King Institute of Preventive Medicine Bacteriolog. Section reports 1907-08
Year: 1907
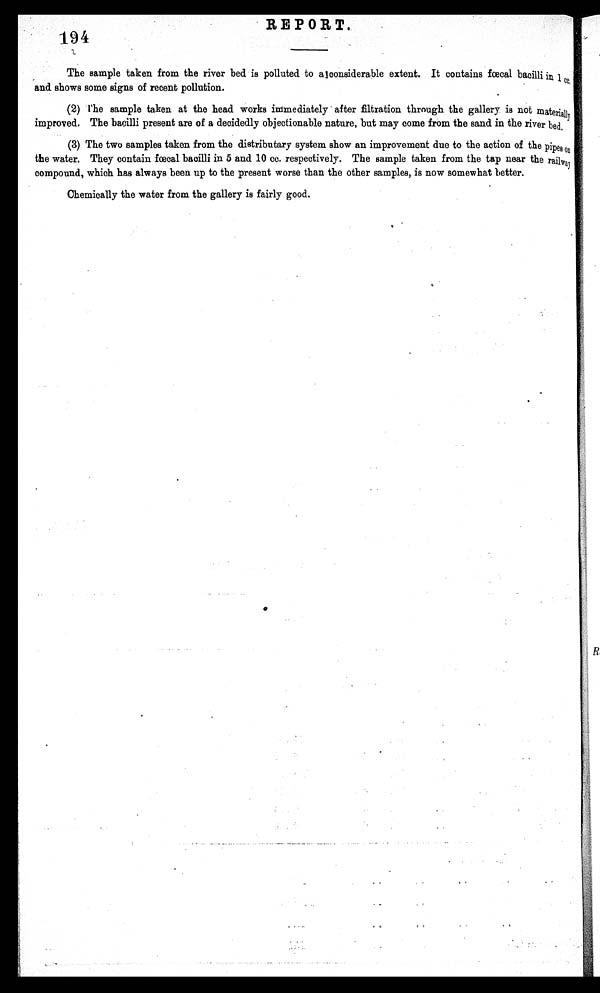
194 REPORT.
The sample taken from the river bed is polluted to alconsiderable extent. It contains f æ cal bacilli in 1
c c a n d s h o w s s o m e s i g n s o f r e c e n t p o l l u t i o n .
(2)
The sample taken at the head works immediately after filtration through the gallery is not materially
improved. The bacilli present are of a decidedly objectionable nature, but may come from the sand in the river bed.
(3) The two samples taken from the distributary system show an improvement due to the action of the pi
p e s o n t h e w a t e r . T h e y c o n t a i n fæ
c a l b a c i l l i i n 5 a n d 1 0 c c . r e s p e c t i v e l y . T h e s a m p l e t a k e n f r o m t h e t a p n e a r t h e r a i l w a y
compound, which has always been up to the present worse than the other samples, is now somewhat better.
Chemically the water from the gallery is fairly good.